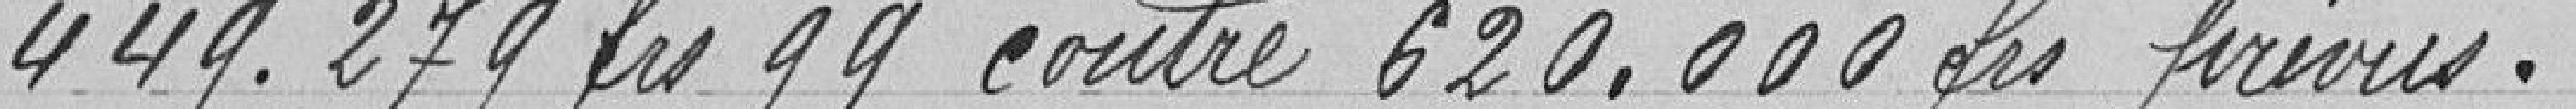
449.279,99 francs contre 620.000 francs prévus.